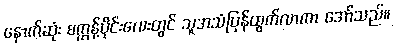
နောက်ဆုံး စက္ကန့်ပိုင်းလေးတွင် သူအသံပြန်ထွက်လာကာ အော်သည်။